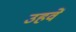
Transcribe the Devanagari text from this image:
उहवें